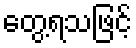
တွေ့ရသဖြင့်